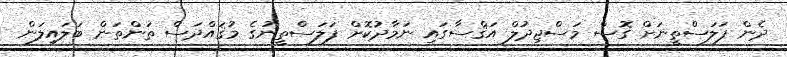
ދެން ފަލަސްތީނަށް ގޮސް މަސްޖިދުލް އަޤްސާގައި ނަމާދުކޮށް ފަލަސްތީނުގެ މުޤައްދަސް ތަންތަން ބަލައިލަން